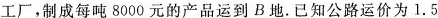
工厂工厂，制成每吨8000元的产品运到B地。已知公路运价为l.5